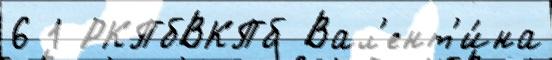
6 1 РКПбВКПб Вал'ент'и́на